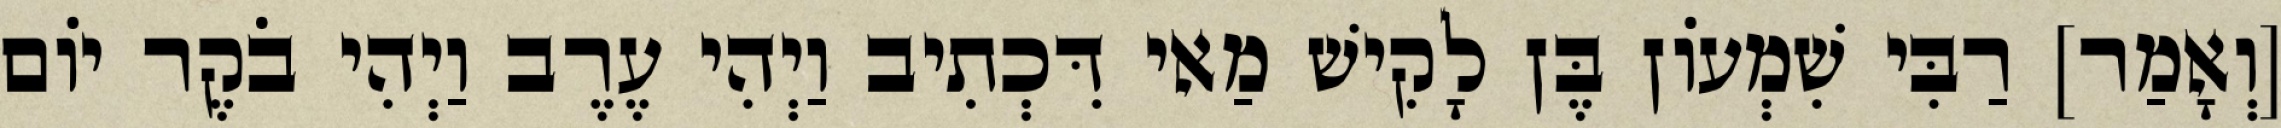
[וְאָמַר] רַבִּי שִׁמְעוֹן בֶּן לָקִישׁ מַאי דִּכְתִיב וַיְהִי עֶרֶב וַיְהִי בֹקֶר יוֹם